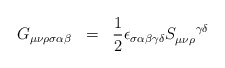
\begin{align*}G_{\mu\nu\rho\sigma\alpha\beta} \;\; = \;\; \frac{1}{2} \epsilon_{\sigma\alpha\beta\gamma\delta} S_{\mu\nu\rho}^{\;\;\;\;\;\; \gamma\delta} \end{align*}